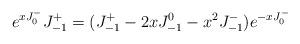
LaTeX: \begin{align*}e^{xJ^-_0} J^+_{-1}= (J^+_{-1}-2xJ^0_{-1}-x^2J^-_{-1})e^{-xJ^-_0}\end{align*}